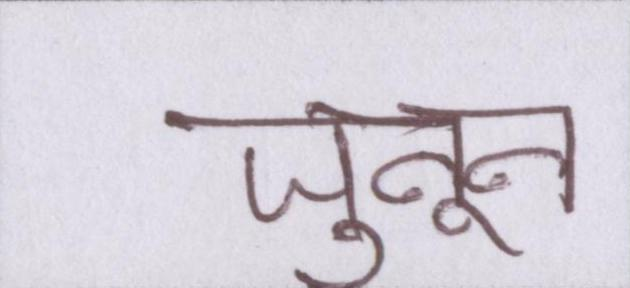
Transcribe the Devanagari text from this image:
जुनून